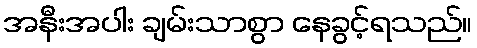
အနီးအပါး ချမ်းသာစွာ နေခွင့်ရသည်။